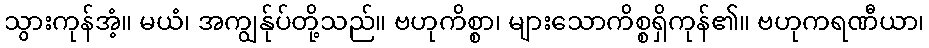
သွားကုန်အံ့။ မယံ၊ အကျွန်ုပ်တို့သည်။ ဗဟုကိစ္စာ၊ များသောကိစ္စရှိကုန်၏။ ဗဟုကရဏီယာ၊